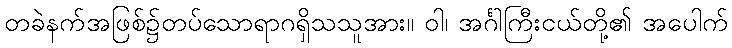
တခဲနက်အဖြစ်၌တပ်သောရာဂရှိသသူအား။ ဝါ၊ အင်္ဂါကြီးငယ်တို့၏ အပေါက်